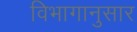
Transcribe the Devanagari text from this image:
विभागानुसार